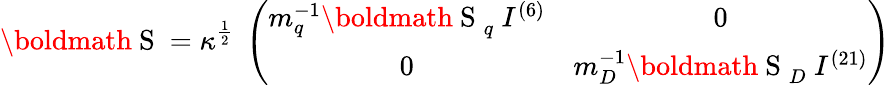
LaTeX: \mathrm{\boldmath~S~}=\kappa^{\frac{1}{2}}~\left(\begin{array}{cc}{{m_{q}^{-1}{\mathrm{\boldmath~S~}}_{q}~I^{(6)}}}&{{0}}\\ {{0}}&{{m_{D}^{-1}{\mathrm{\boldmath~S~}}_{D}~I^{(21)}}}\end{array}\right)